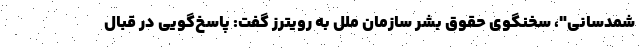
شمدسانی"، سخنگوی حقوق بشر سازمان ملل به رویترز گفت: پاسخ‌گویی در قبال